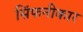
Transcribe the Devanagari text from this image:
सिंफनीकार